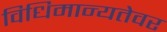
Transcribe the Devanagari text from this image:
विधिमान्यतेवर